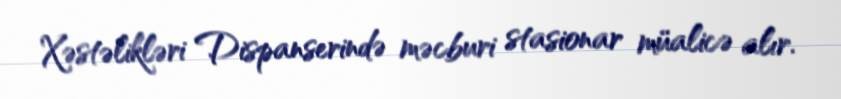
Xəstəlikləri Dispanserində məcburi stasionar müalicə alır.